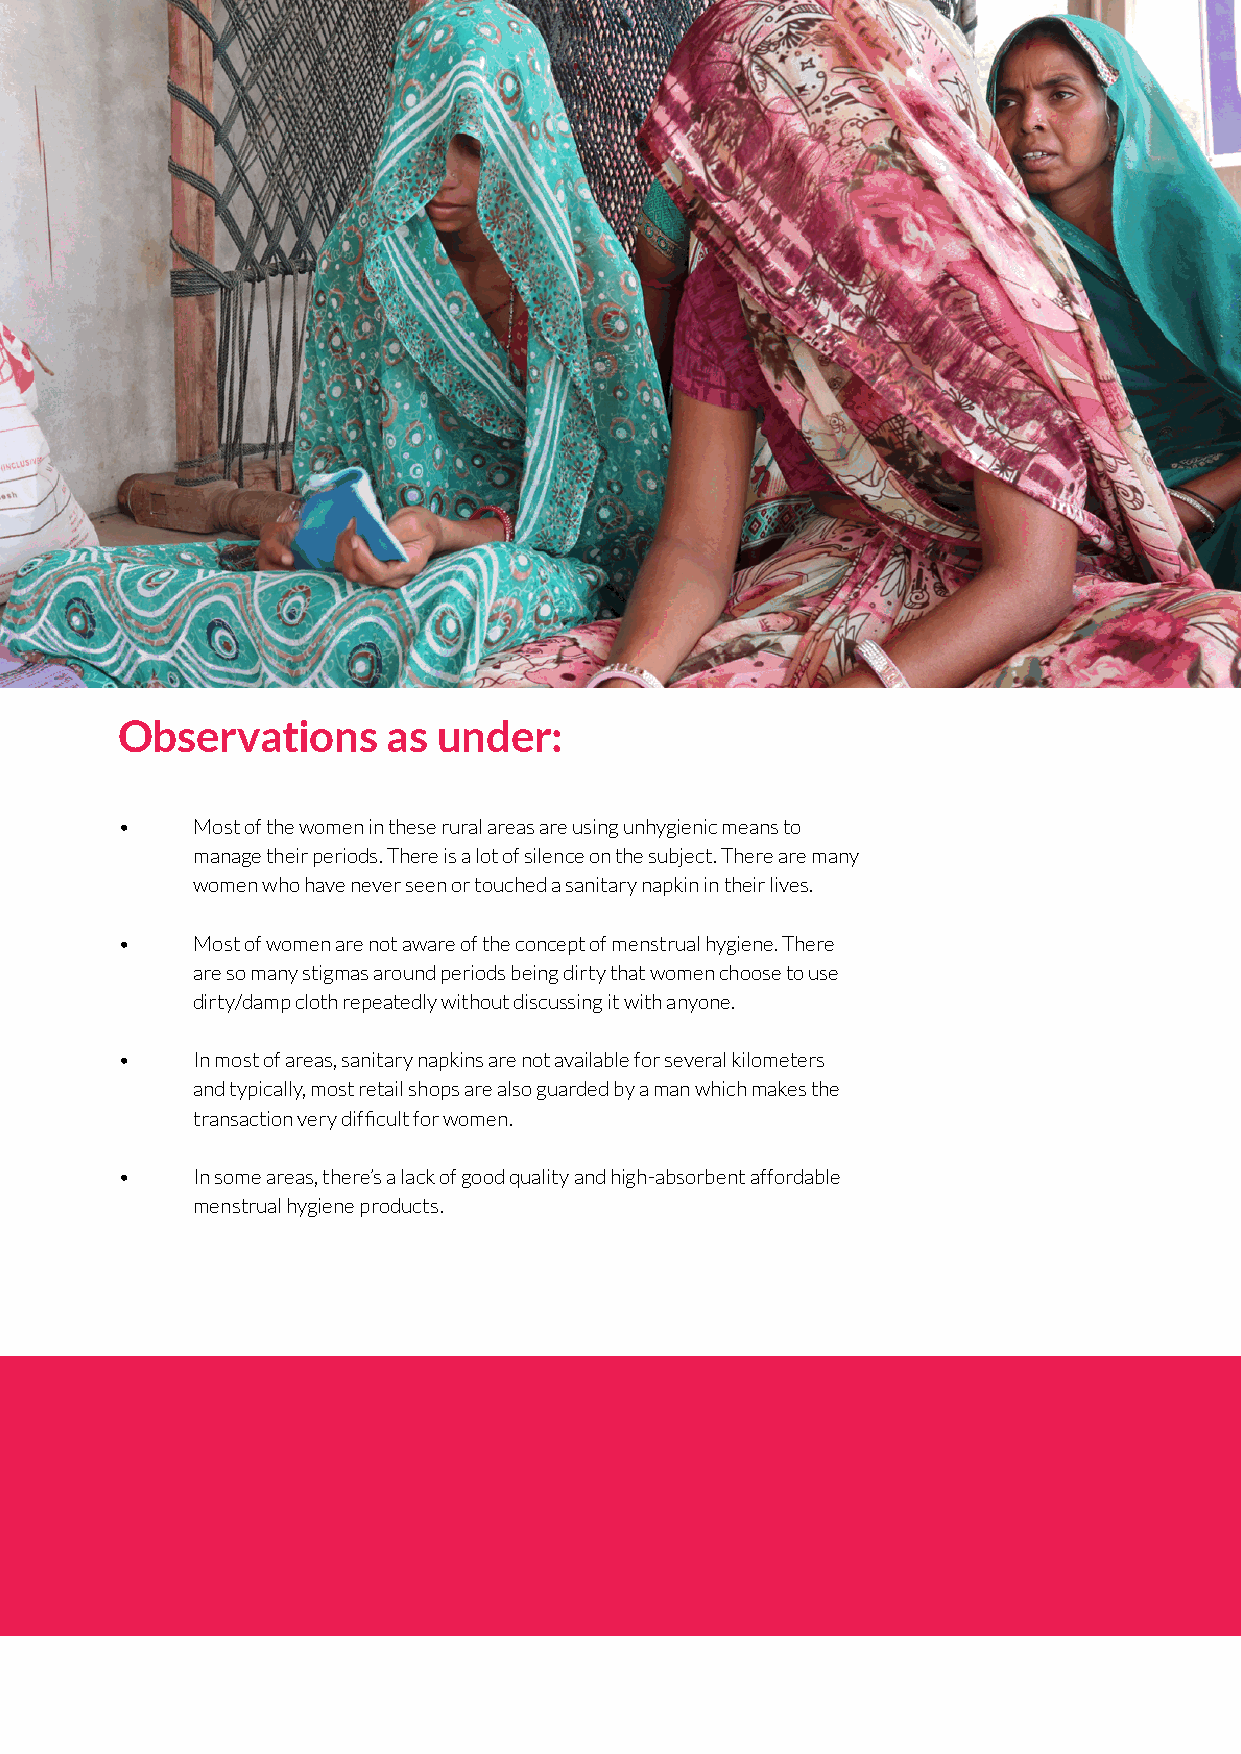
Observations      as under:
 •    Most of the women in these rural areas are using unhygienic means to
 manage their periods. There is a lot of silence on the subject. There are many
 women who have never seen or touched a sanitary napkin in their lives.
 •    Most of women are not aware of the concept of menstrual hygiene. There
 are so many stigmas around periods being dirty that women choose to use
 dirty/damp cloth repeatedly without discussing it with anyone.
 •    In most of areas, sanitary napkins are not available for several kilometers
 and typically, most retail shops are also guarded by a man which makes the
 transaction very difficult for women.
 •    In some areas, there’s a lack of good quality and high-absorbent affordable
 menstrual hygiene products.